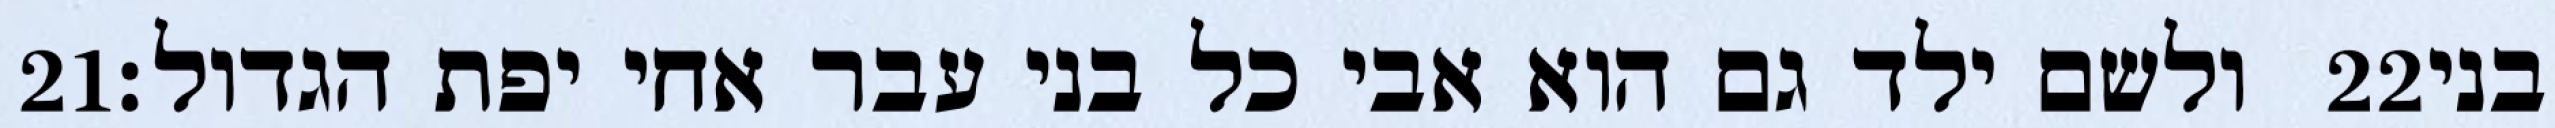
‎21‏ ולשם ילד גם הוא אבי כל בני עבר אחי יפת הגדול׃ ‎22‏ בני